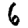
Digit: 6